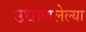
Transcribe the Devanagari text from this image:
उधाणलेल्‍या